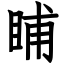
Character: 䀯